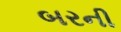
બરની